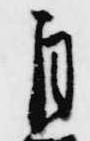
自